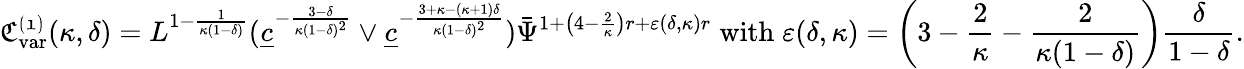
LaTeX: \mathfrak{C_{\mathrm{var}}^{(1)}}(\kappa,\delta)=L^{1-\frac{1}{\kappa(1-\delta)}}(\underline{{c}}^{-\frac{3-\delta}{\kappa(1-\delta)^{2}}}\vee\underline{{c}}^{-\frac{3+\kappa-(\kappa+1)\delta}{\kappa(1-\delta)^{2}}})\bar{\Psi}^{1+\left(4-\frac{2}{\kappa}\right)r+\varepsilon(\delta,\kappa)r}\; \textnormal{with}\; \varepsilon(\delta,\kappa)=\left(3-\frac{2}{\kappa}-\frac{2}{\kappa(1-\delta)}\right)\frac{\delta}{1-\delta}.